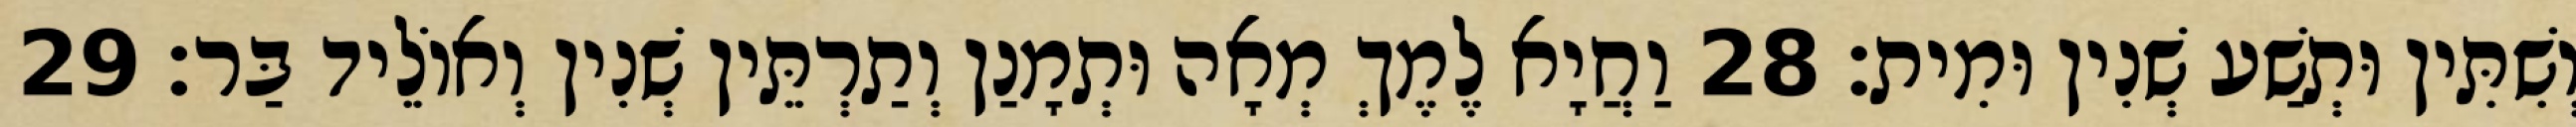
וְשִׁתִּין וּתְשַׁע שְׁנִין וּמִית׃ 28 וַחֲיָא לֶמֶךְ מְאָה וּתְמָנַן וְתַרְתֵּין שְׁנִין וְאוֹלֵיד בַּר׃ 29